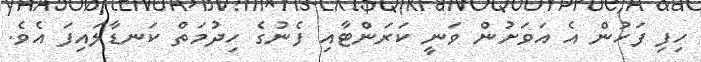
ހިފި ފަހުން އެ އަވަށުން ވަނީ ކަރަންޓާއި ފެނުގެ ހިދުމަތް ކަނޑާލައިފަ އެވެ.